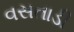
વસતાડી